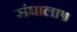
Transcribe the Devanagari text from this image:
संघाला५